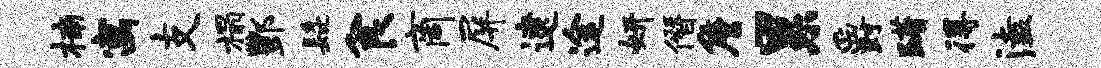
楠寓支榻酆髭食商屏逮途妍僭詹累爵躇得溘